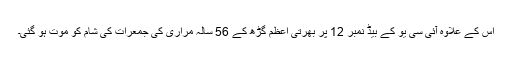
اس کے علاوہ آئی سی یو کے بیڈ نمبر 12 پر بھرتی اعظم گڑھ کے 56 سالہ مراری کی جمعرات کی شام کو موت ہو گئی۔